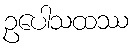
ဥပေါသထဿ